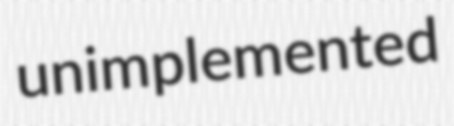
unimplemented